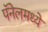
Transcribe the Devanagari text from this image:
पॅनेलमध्ये